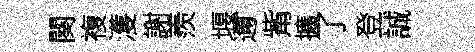
闋複濩謝羨堰邇觜擴了登誠